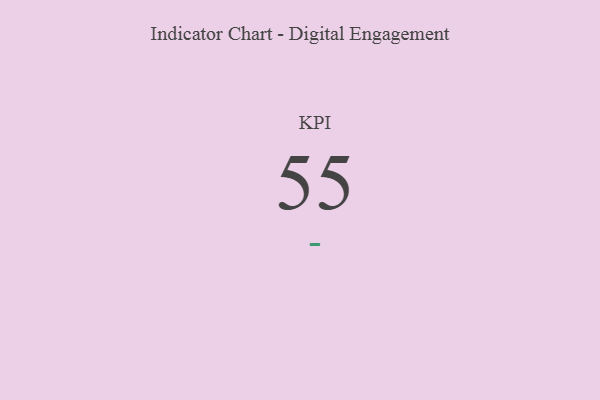
{"axis": {"x": "KPI", "y": "Value"}, "legend": [""], "data": [{"x": "KPI", "y": 55, "type": ""}]}